Annual statistical returns and brief notes on vaccination in Bengal - 1909-1929
Year: 1909
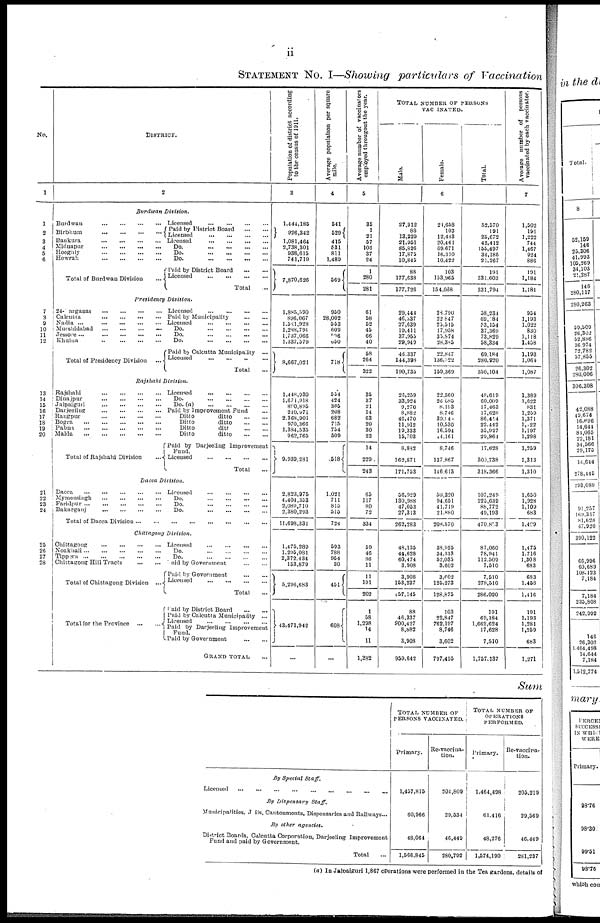
ii
STATEMENT No. I—Showing particulars of Vaccination
No.
1
1
2
3
4
5
6
7
8
9
10
11
12
13
14
15
16
17
18
19
20
21
22
23
24
25
26
27
28
DISTRICT.
2
Burdwan
Division.
Burdwan
...
...
...
...
Birbhum
...
...
...
...
Bankura
...
...
...
...
Midnapur
...
...
...
...
Hooghly
...
...
...
...
Howrah
...
...
...
...
Total of Burdwan Division ...
Licensed
...
...
...
...
Paid by District Board
...
...
Licensed
...
...
...
...
Licensed
...
...
...
...
Do.
...
...
...
...
Do.
...
...
...
...
Do.
...
...
...
...
Paid by District Board
...
...
Licensed
...
...
...
...
Total ...
Presidency
Division.
24-Parganas ... ... ... ...
Calcutta ... ... ... ...
Nadia ...
...
...
...
...
Murshidabad
...
...
...
...
Jessore... ... ... ... ...
Khulna
...
...
...
...
Total of Presidency Division
...
Licensed
...
...
...
...
Paid by Municipality
...
...
Licensed
...
...
...
...
Do.
...
...
...
...
Do.
...
...
...
...
Do.
...
...
...
...
Paid by Calcutta Municipality ...
Licensed
...
...
...
...
Total ...
Rajshahi
Division.
Rajshahi ... ... ... ...
Dinajpur
...
...
...
...
Jalpaiguri
...
...
...
...
Darjeeling
...
...
...
...
Rangpur
...
...
...
...
Bogra
...
...
...
...
...
Pabna
...
...
...
...
...
Malda
...
...
...
...
...
Total of Rajshahi Division ...
Licensed
...
...
...
...
Do. ... ... ... ...
Do. (a)
...
...
...
...
Paid by Improvement Fund ...
Ditto
ditto
...
...
Ditto
ditto
...
...
Ditto
ditto ... ...
Ditto
ditto
...
...
Paid by Darjeeling Improvement
Fund.
Licensed
...
...
...
...
Total ...
Dacca Division.
Dacca
...
...
...
...
...
Mymensingh
...
...
...
...
Faridpur
...
...
...
...
...
Bakarganj
...
...
...
...
Licensed
...
...
...
...
Do.
...
...
...
...
Do.
...
...
...
...
Do.
...
...
...
...
Total of Dacca Division
...
...
...
...
...
...
...
...
Chittagong
Division.
Chittagong
...
...
...
...
Noakhali
...
...
...
...
...
Tippera
...
...
...
...
...
Chittagong Hill Tracts
...
...
Total of Chittagong Division ...
Total
for the Province
...
...
Licensed
...
...
...
...
Do.
...
...
...
...
Do.
...
...
...
...
Paid by Government
...
...
Paid by Government
...
...
Licensed
...
...
...
...
Total ...
Paid by District Board
...
...
Paid by Calcutta Municipality ...
Licensed
...
...
...
...
Paid by Darjeeling Improvement
Fund.
Paid by Government
...
...
GRAND TOTAL ... ...
Population of district according
to the census of 1911.
3
1,444,185
926,342
1,081,464
2,738,301
938,615
741,719
7,870,626
1,885,590
896,067
1,521,928
1,288,791
1,737,066
1,337,579
8,667,021
1,448,930
1,671,918
890,895
240,971
2,368,901
970,366
1,384,535
962,765
9,939,281
2,823,975
4,404,353
2,089,710
2,380,293
11,698,331
1,475,289
1,295,081
2,372,434
153,879
5,296,683
43,471,942
...
Average population per square
mile.
4
541
529
415
531
811
1,489
569
950
28,002
553
609
596
650
718
554
424
305
208
682
715
754
509
518
1,021
711
815
515
724
593
788
954
30
451
608
...
Average number of vaccinators
employed througout the year.
5
35
1
21
57
108
37
24
1
280
281
61
58
52
45
66
40
58
264
322
35
37
21
14
63
20
30
23
14
229
243
65
117
80
72
334
59
46
86
11
11
191
202
1
58
1,298
14
11
1,382
TOTAL NUMBER OF PERSONS
VACCINATED.
Male.
Female.
Total.
6
27,912
88
13,229
21,951
85,826
17,875
10,845
88
177,638
177,726
29,444
46,337
27,639
19,411
37,955
29,949
46,337
144,393
190,735
26,259
33,924
9,270
8,882
46,470
11,912
19,333
15,703
8,882
162,871
171,753
56,929
130,988
47,053
27,313
262,283
48,135
44,628
60,474
3,908
3,908
153,237
157,145
88
46,337
900,427
8,882
3,908
959,642
21,658
103
12,443
20,461
69,671
16,310
10,422
103
153,965
154,068
28,790
22,847
25,515
17,958
35,874
28,385
22,847
136,522
159,369
22,360
26,685
8,193
8,746
39,944
10,530
16,594
14,161
8,746
137,867
146,613
50,320
94,651
41,719
21,880
208,570
38,925
34,313
52,035
3,602
3,602
125,273
128,875
103
22,847
762,197
8,746
3,602
797,495
52,570
191
25,672
42,412
155,497
34,185
21,267
191
331,603
331,794
58,234
69,184
53,154
37,369
73,829
58,334
69,184
280,920
350,104
48,619
60,009
17,463
17,628
86,414
22,442
35,927
29,864
17,628
300,738
318,366
107,249
225,639
88,772
49,193
470,853
87,060
78,941
112,509
7,510
7,510
278,510
286,020
191
69,184
1,662,624
17,628
7,510
1,757,137
Average number of persons
vaccinated by each vaccinator.
7
1,502
191
1,222
744
1,467
924
886
191
1,184
1,181
954
1,193
1,022
830
1,118
1,458
1,193
1,064
1,087
1,389
1,622
831
1,259
1,371
1,122
1,197
1,298
1,259
1,313
1,310
1,650
1,928
1,109
683
1,409
1,475
1,716
1,308
683
683
1,458
1,416
191
1,193
1,281
1,259
683
1,271
Sum
By Special Staff.
Licensed
...
...
...
...
...
...
...
...
...
By Dispensary
Staff.
Municipalities, Jails, Cantonments, Dispensaries and Railways...
By other agencies.
District Boards, Calcutta Corporation, Darjeeling Improvement
Fund and paid by Government.
Total ...
TOTAL NUMBER OF
PERSON'S VACCINATED.
Primary.
1,457,815
60,966
48,064
1,566,845
Re-vaccina-
tion.
204,809
29,534
46,449
280,792
TOTAL NUMBER OF
OPERATIONS
PERFORMED.
Primary.
1,464,498
61,416
48,276
1,574,190
Re-vaccina-
tion.
205,219
29,569
46,449
281,237
(a) In Jalbaiguri 1,867 operations were performed in the Tea gardens, details of